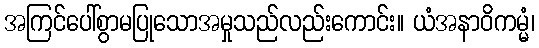
အကြင်ပေါ်စွာမပြုသောအမှုသည်လည်းကောင်း။ ယံအနာဝိကမ္မံ၊